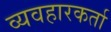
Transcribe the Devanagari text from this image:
व्यवहारकर्ता